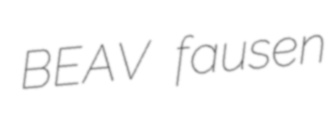
BEAV fausen